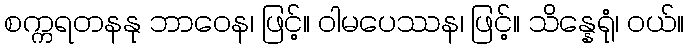
စက္ကရတနနု ဘာဝေန၊ ဖြင့်။ ဝါမပေဿန၊ ဖြင့်။ သိန္နေရုံ၊ ဝယ်။